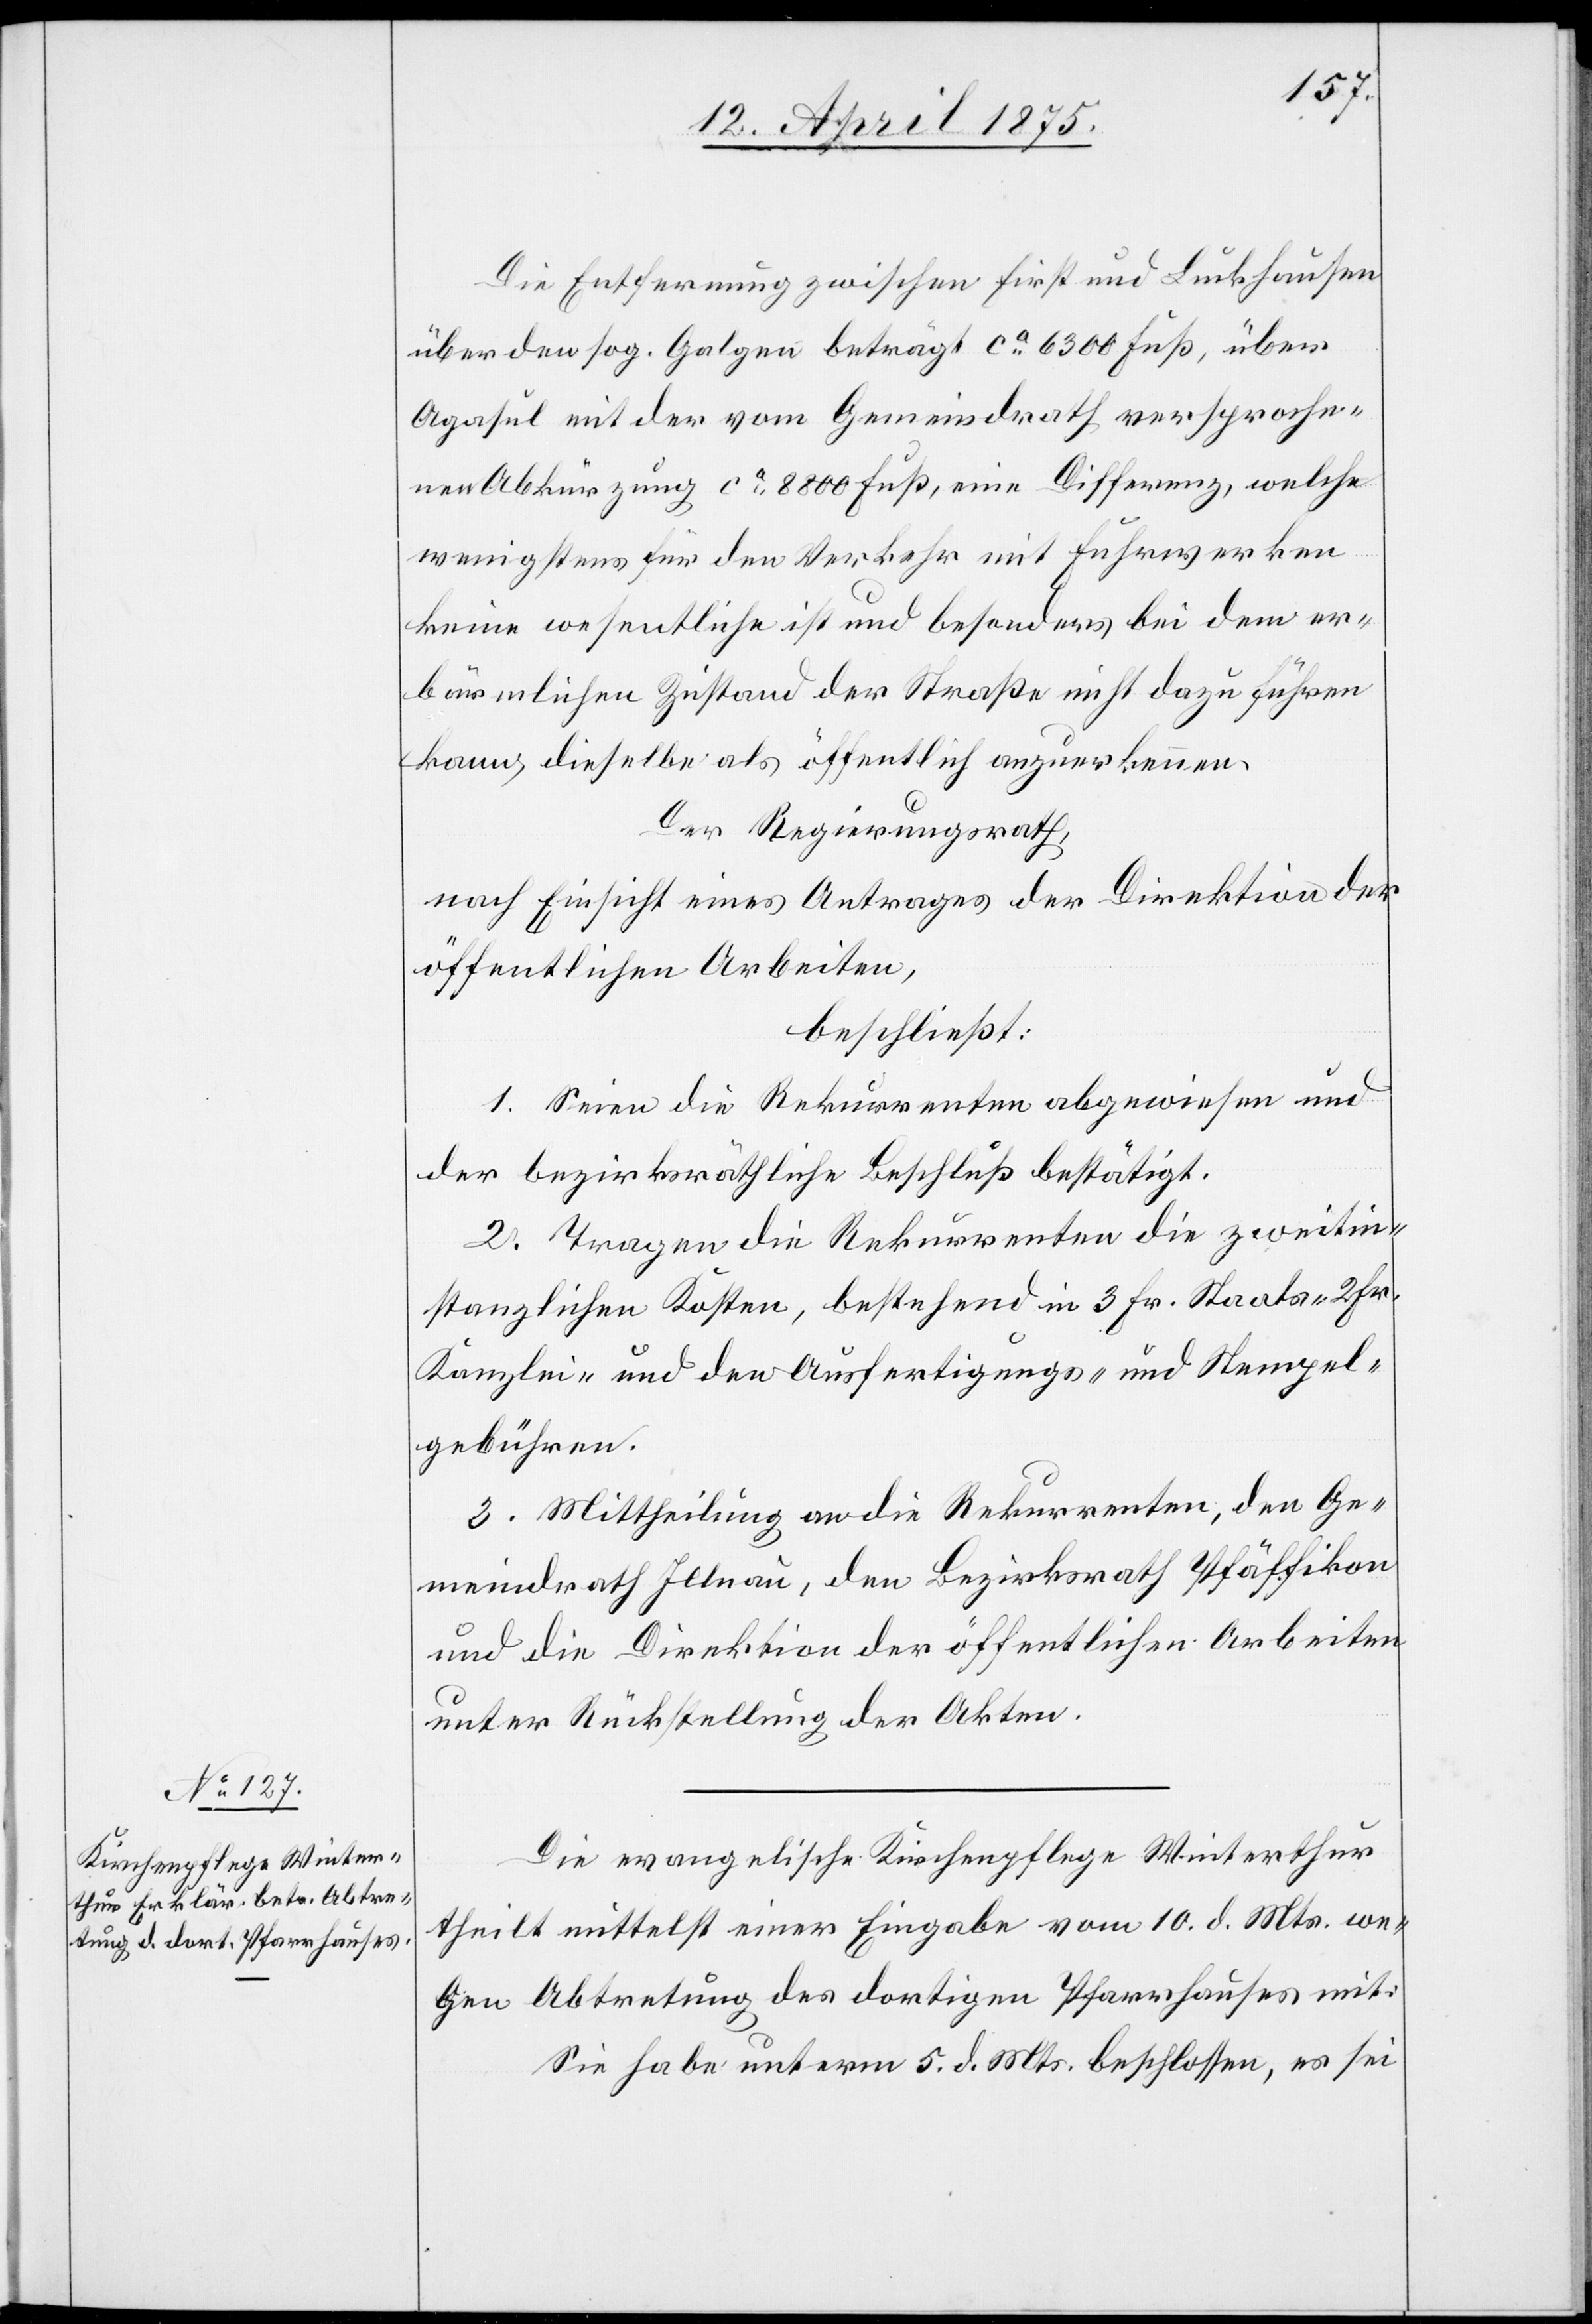
Die Entfernung zwischen First und Luckhausen
über den sog. Galgen beträgt ca 6300 Fuß, über
Agasul mit der vom Gemeindrath versproche¬
nen Abkürzung ca 8800 Fuß, eine Differenz, welche
wenigstens für den Verkehr mit Fuhrwerken
keine wesentliche ist und besonders bei dem er¬
bärmlichen Zustand der Straße nicht dazu führen
kann, dieselbe als öffentlich anzuerkennen.
Der Regierungsrath,
nach Einsicht eines Antrages der Direktion der
öffentlichen Arbeiten,
beschließt:
1. Seien die Rekurrenten abgewiesen und
der bezirksräthliche Beschluß bestätigt.
2. Tragen die Rekurrenten die zweitin¬
stanzlichen Kosten, bestehend in 3 Fr. Staats-[,]
Kanzlei- und den Ausfertigungs- und Stempel¬
gebühren.
3. Mittheilung an die Rekurrenten, den Ge¬
meindrath Illnau, den Bezirksrath Pfäffikon
und die Direktion der öffentlichen Arbeiten
unter Rückstellung der Akten.
Die evangelische Kirchenpflege Winterthur
theilt mittelst einer Eingabe vom 10. d. Mts. we¬
gen Abtretung des dortigen Pfarrhauses mit:
Sie habe unterm 5. d. Mts beschlossen, es sei